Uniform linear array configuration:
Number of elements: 48
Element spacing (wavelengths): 0.25
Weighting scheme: cosine
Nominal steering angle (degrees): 15
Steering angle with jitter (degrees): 14.81
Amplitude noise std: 0.05
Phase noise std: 0.05

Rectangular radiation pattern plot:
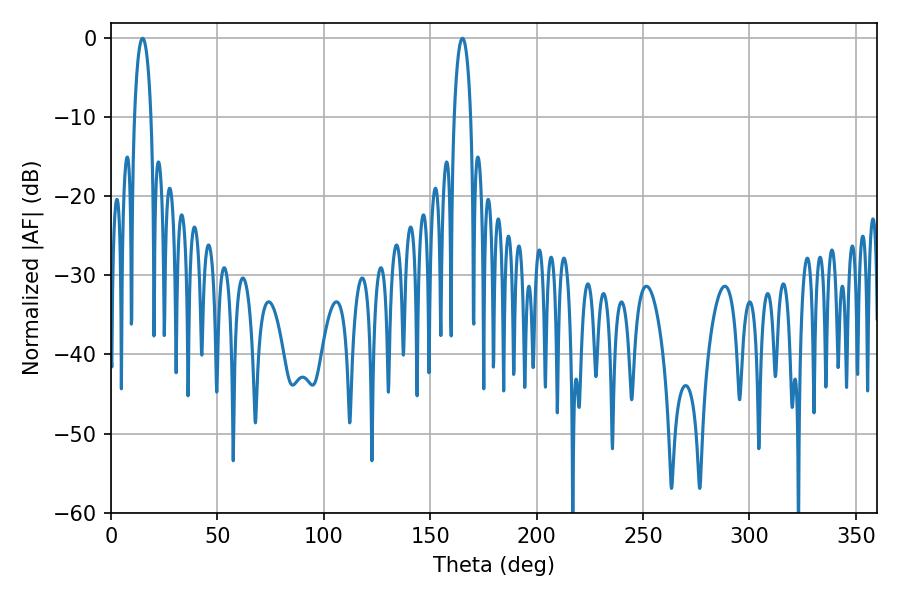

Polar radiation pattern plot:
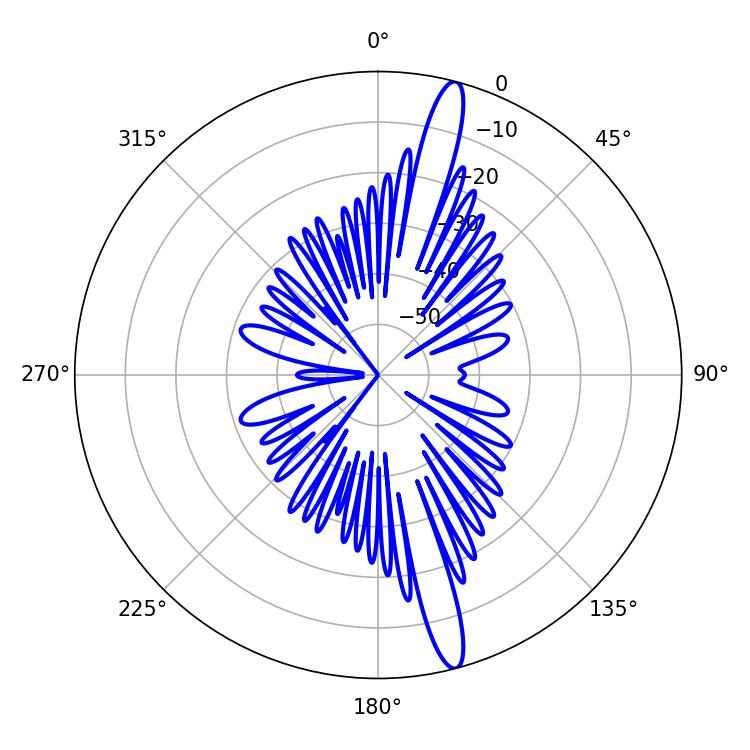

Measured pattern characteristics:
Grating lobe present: FALSE
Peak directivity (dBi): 16.541
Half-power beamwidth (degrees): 4.5
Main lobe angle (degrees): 14.94